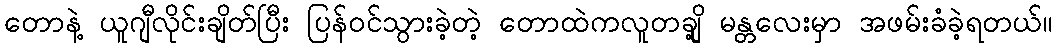
တောနဲ့ ယူဂျီလိုင်းချိတ်ပြီး ပြန်ဝင်သွားခဲ့တဲ့ တောထဲကလူတချို့ မန္တလေးမှာ အဖမ်းခံခဲ့ရတယ်။